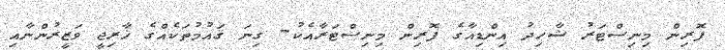
ފޮރިން މިނިސްޓަރު ޝާހިދު އިންޑިއާގެ ފޮރިން މިނިސްޓަރާއެކު- ގިނަ ޤައުމުތަކެއްގެ ޚާރިޖީ ވަޒީރުންނާއި